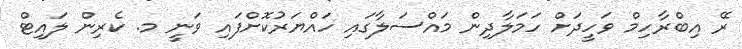
ރޭ އިބްރާހިމް ވަހީދަށް ހަމަލާދިން މައްސަލާގައި ހައްޔަރުކޮށްފައި ވަނީ މ. ކެރިން ލައިޓް